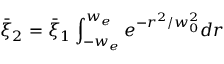
\bar { \xi } _ { 2 } = \bar { \xi } _ { 1 } \int _ { - w _ { e } } ^ { w _ { e } } e ^ { - r ^ { 2 } / w _ { 0 } ^ { 2 } } d r